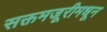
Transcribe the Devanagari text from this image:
सक्तमजूरीमधून